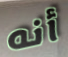
أنه